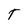
Character: T